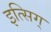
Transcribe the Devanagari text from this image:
इत्सिग्